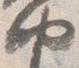
納